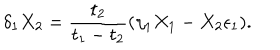
\delta _ { 1 } X _ { 2 } = { \frac { t _ { 2 } } { t _ { 1 } - t _ { 2 } } } ( \eta _ { 1 } X _ { 1 } - X _ { 2 } \epsilon _ { 1 } ) .